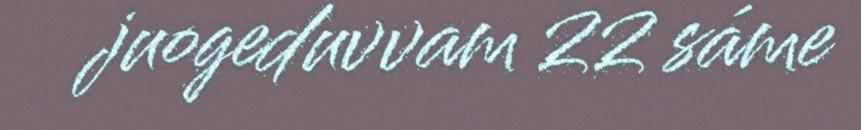
juogeduvvam 22 sáme